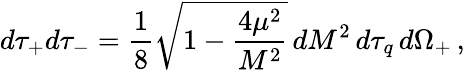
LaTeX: d\tau_{+}d\tau_{-}={\frac{1}{8}}\sqrt{1-{\frac{4\mu^{2}}{M^{2}}}}\, dM^{2}\, d\tau_{q}\, d\Omega_{+}\, ,